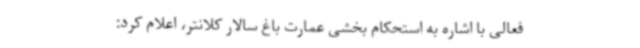
فعالی با اشاره به استحکام بخشی عمارت باغ سالار کلانتر، اعلام کرد: